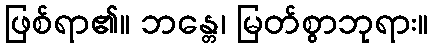
ဖြစ်ရာ၏။ ဘန္တေ၊ မြတ်စွာဘုရား။